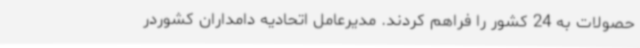
حصولات به 24 کشور را فراهم کردند. مدیرعامل اتحادیه دامداران کشوردر